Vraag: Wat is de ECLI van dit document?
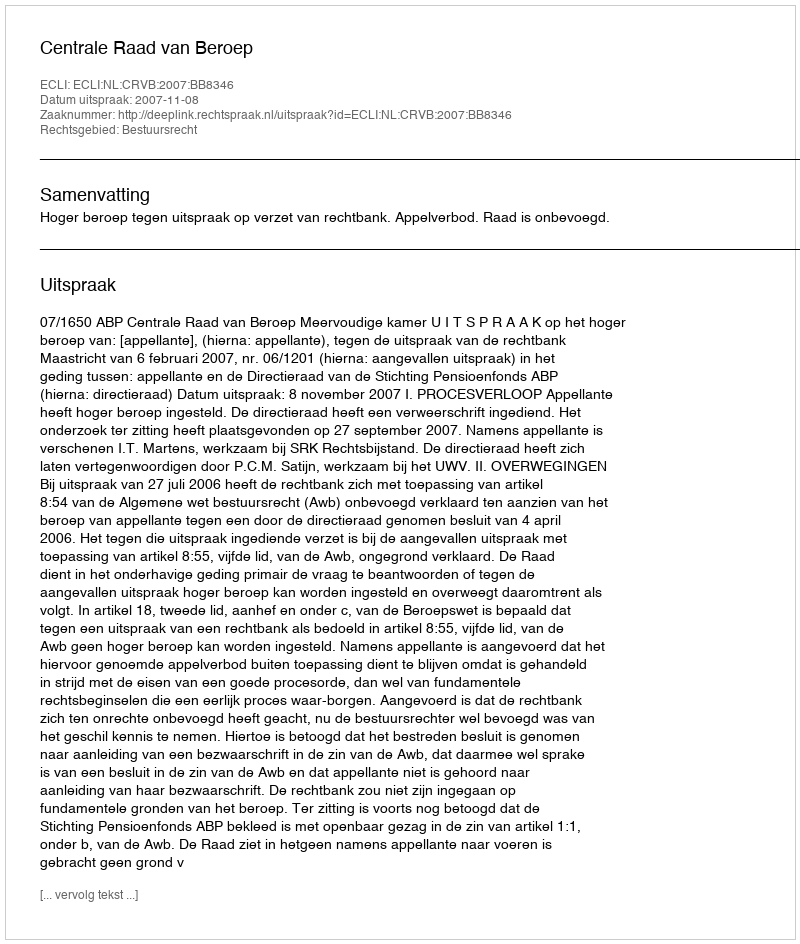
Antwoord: ECLI:NL:CRVB:2007:BB8346